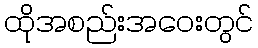
ထိုအစည်းအဝေးတွင်